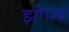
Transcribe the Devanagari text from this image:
झोपच